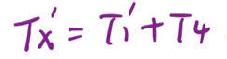
$T_{x}' = T_{1}'+T_{4}$